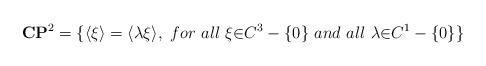
LaTeX: \begin{align*}{\bf C}{\bf P}^2=\{\langle\xi\rangle=\langle\lambda\xi\rangle,~for ~all ~{\xi}{\in}C^3-\{0\} ~and ~all~{\lambda}{\in}C^1-\{0\}\}\end{align*}